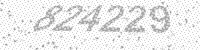
Solution: 824229